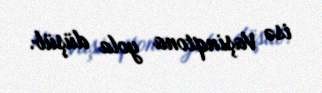
isə Vaşinqtona yola düşüb.